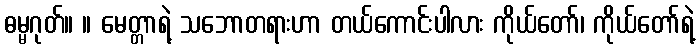
ဓမ္မဂုတ်။ ။ မေတ္တာရဲ့ သဘောတရားဟာ တယ်ကောင်းပါလား ကိုယ်တော်၊ ကိုယ်တော်ရဲ့